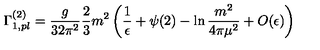
\Gamma _ { 1 , p l } ^ { ( 2 ) } = \frac { g } { 3 2 \pi ^ { 2 } } \frac 2 3 m ^ { 2 } \left( \frac { 1 } { \epsilon } + \psi ( 2 ) - \ln \frac { m ^ { 2 } } { 4 \pi \mu ^ { 2 } } + O ( \epsilon ) \right)